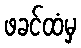
ဖခင်ထံမှ